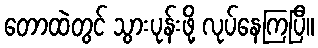
တောထဲတွင် သွားပုန်းဖို့ လုပ်နေကြပြီ။